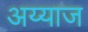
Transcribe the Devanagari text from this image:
अय्याज